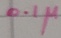
Text: 0.1µ